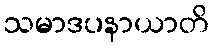
သမာဒပနာယာတိ